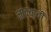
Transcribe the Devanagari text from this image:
नाक्याची